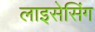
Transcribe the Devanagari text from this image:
लाइसेसिंग